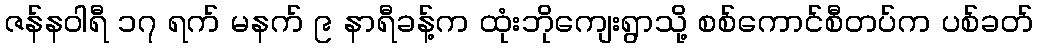
ဇန်နဝါရီ ၁၇ ရက် မနက် ၉ နာရီခန့်က ထုံးဘိုကျေးရွာသို့ စစ်ကောင်စီတပ်က ပစ်ခတ်